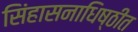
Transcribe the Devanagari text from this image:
सिंहासनाधिष्ठीत